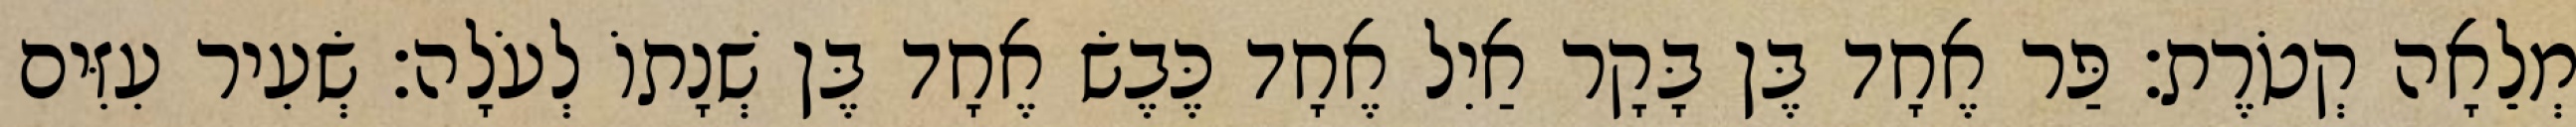
מְלֵאָה קְטֹרֶת׃ פַּר אֶחָד בֶּן בָּקָר אַיִל אֶחָד כֶּבֶשׂ אֶחָד בֶּן שְׁנָתוֹ לְעֹלָה׃ שְׂעִיר עִזִּים